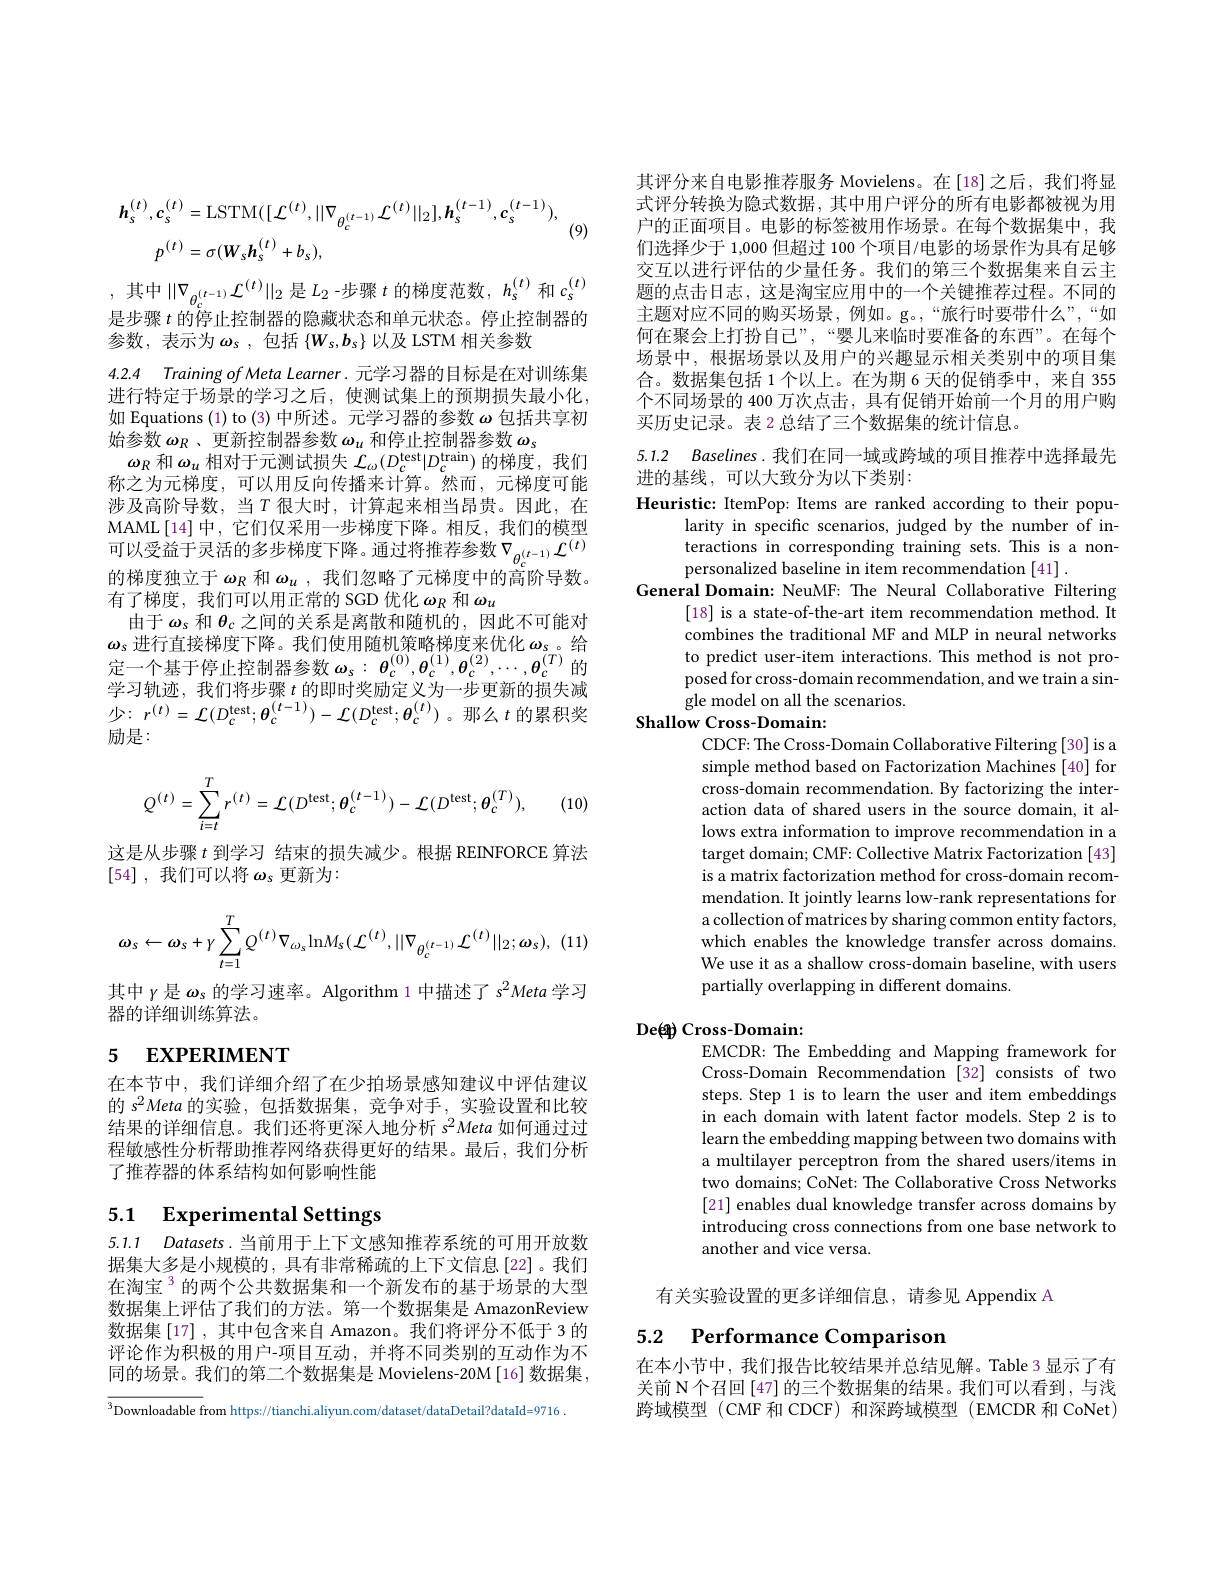
$$\begin{aligned}\boldsymbol{h}_{s}^{(t)},\boldsymbol{c}_{s}^{(t)}&=\mathrm{LSTM}([\mathcal{L}^{(t)},||\nabla_{\theta_{c}^{(t-1)}}\mathcal{L}^{(t)}||_{2}],\boldsymbol{h}_{s}^{(t-1)},\boldsymbol{c}_{s}^{(t-1)}),\\p^{(t)}&=\sigma(W_{s}\boldsymbol{h}_{s}^{(t)}+b_{s}),\end{aligned}$$
(9)

,其中$\|\nabla_\theta_c^{(t-1)}\mathcal{L}^{(t)}\|_2$是$L_2$ -步骤$t$的梯度范数，$h_s^(t)$和$c_s^(t)$

4.2.4 Training of Meta Learner. 元学习器的目标是在对训练集

是步骤$t$的停止控制器的隐藏状态和单元状态。停止控制器的
参数，表示为$\boldsymbol{\omega}_s$,包括 $\{W_s,b_s\}$ 以及 LSTM 相关参数
进行特定于场景的学习之后，使测试集上的预期损失最小化， 如 Equations (1) to (3) 中所述。元学习器的参数$\omega$包括共享初始参数$\omega_R$ 、更新控制器参数$\omega_u$和停止控制器参数$\omega_\mathrm{s}$
$\boldsymbol{\omega}_{R}$和$\boldsymbol{\omega}_u$相对于元测试损失$\mathcal{L}_\omega(D_c^\text{test}|D_c^{\text{train}})$的梯度，我们称之为元梯度，可以用反向传播来计算。然而，元梯度可能涉及高阶导数，当$T$ 很大时，计算起来相当昂贵。因此，在MAML[14]中，它们仅采用一步梯度下降。相反，我们的模型可以受益于灵活的多步梯度下降。通过将推荐参数$\nabla_{\theta_c^{(t-1)}}\mathcal{L}^{(t)}$ 的梯度独立于$\boldsymbol{\omega}_R$和$\boldsymbol{\omega}_u$,我们忽略了元梯度中的高阶导数。有了梯度，我们可以用正常的 SGD 优化$\omega_R$和$\omega_u$
由于$\omega_s$和$\theta_c$之间的关系是离散和随机的，因此不可能对$\boldsymbol{\omega}_{s}$进行直接梯度下降。我们使用随机策略梯度来优化$\boldsymbol{\omega}_\mathrm{s}$。给定一个基于停止控制器参数$\omega_{s}:\boldsymbol{\theta}_{c}^{(0)},\boldsymbol{\theta}_{c}^{(1)},\boldsymbol{\theta}_{c}^{(2)},\cdots,\boldsymbol{\theta}_{c}^{(T)}$的学习轨迹，我们将步骤$t$的即时奖励定义为一步更新的损失减少：$r^(t)={\mathcal{L}}(D_{c}^{\mathrm{test}};\boldsymbol{\theta}_{c}^{(t-1)})-{\mathcal{L}}(D_{c}^{\mathrm{test}};\boldsymbol{\theta}_{c}^{(t)})$。那么$t$ 的累积奖励是：
$$Q^{(t)}=\sum_{i=t}^{T}r^{(t)}=\mathcal{L}(D^{\mathrm{test}};\theta_{c}^{(t-1)})-\mathcal{L}(D^{\mathrm{test}};\theta_{c}^{(T)}),$$
, (10)

这是从步骤$t$到学习 结束的损失减少。根据 REINFORCE 算法
[54] ,我们可以将$\omega_s$更新为：
$$\omega_{s}\leftarrow\omega_{s}+\gamma\sum_{t=1}^{T}Q^{(t)}\nabla_{\omega_{s}}\mathrm{ln}M_{s}(\mathcal{L}^{(t)},||\nabla_{\theta_{c}^{(t-1)}}\mathcal{L}^{(t)}||_{2};\omega_{s}),$$
其中$\gamma$是$\omega_\mathrm{s}$的学习速率。Algorithm 1 中描述了$s^2Meta$学习
器的详细训练算法。

# 5 EXPERIMENT

在本节中，我们详细介绍了在少拍场景感知建议中评估建议的$s^2Meta$的实验，包括数据集，竞争对手，实验设置和比较结果的详细信息。我们还将更深入地分析$s^2Meta$如何通过过程敏感性分析帮助推荐网络获得更好的结果。最后，我们分析了推荐器的体系结构如何影响性能

# 5.1 Experimental Settings

5.1.1 Datasets.当前用于上下文感知推荐系统的可用开放数据集大多是小规模的，具有非常稀疏的上下文信息[22]。我们在淘宝$^{3}$的两个公共数据集和一个新发布的基于场景的大型数据集上评估了我们的方法。第一个数据集是 AmazonReview 数据集[17] , 其中包含来自 Amazon。我们将评分不低于 3 的评论作为积极的用户-项目互动，并将不同类别的互动作为不同的场景。我们的第二个数据集是 Movielens-20M[16] 数据集，

$^{3}$Downloadable from https://tianchi.aliyun.com/dataset/dataDetail?dataId=9716

其评分来自电影推荐服务 Movielens。在[18]之后，我们将显式评分转换为隐式数据，其中用户评分的所有电影都被视为用户的正面项目。电影的标签被用作场景。在每个数据集中，我们选择少于 1,000 但超过 100 个项目/电影的场景作为具有足够交互以进行评估的少量任务。我们的第三个数据集来自云主题的点击日志，这是淘宝应用中的一个关键推荐过程。不同的主题对应不同的购买场景，例如。g。,“旅行时要带什么”,“如何在聚会上打扮自己”,“婴儿来临时要准备的东西”。在每个场景中，根据场景以及用户的兴趣显示相关类别中的项目集合。数据集包括 1 个以上。在为期 6 天的促销季中，来自 355个不同场景的 400 万次点击，具有促销开始前一个月的用户购买历史记录。表 2 总结了三个数据集的统计信息。

5.1.2 Baselines.我们在同一域或跨域的项目推荐中选择最先

进的基线，可以大致分为以下类别：

Heuristic: ItemPop: Items are ranked according to their popu-
larity in specific scenarios, judged by the number of interactions in corresponding training sets. This is a nonpersonalized baseline in item recommendation [41] .
General Domain: NeuMF: The Neural Collaborative Filtering
[18] is a state-of-the-art item recommendation method. It combines the traditional MF and MLP in neural networks to predict user-item interactions. This method is not proposed for cross-domain recommendation, and we train a single model on all the scenarios.
Shallow Cross-Domain:

CDCF: The Cross- Domain Collaborative Filtering [30] is a simple method based on Factorization Machines [40] for cross-domain recommendation. By factorizing the interaction data of shared users in the source domain, it allows extra information to improve recommendation in a target domain; CMF: Collective Matrix Factorization [43] is a matrix factorization method for cross-domain recommendation. It jointly learns low-rank representations for a collection of matrices by sharing common entity factors, which enables the knowledge transfer across domains We use it as a shallow cross-domain baseline, with users partially overlapping in different domains.

## Deép Cross-Domain:
EMCDR: The Embedding and Mapping framework for

Cross-Domain Recommendation [32] consists of two steps. Step 1 is to learn the user and item embeddings in each domain with latent factor models. Step 2 is to learn the embedding mapping between two domains with a multilayer perceptron from the shared users/items in two domains; CoNet: The Collaborative Cross Networks [21] enables dual knowledge transfer across domains by introducing cross connections from one base network to another and vice versa.

有关实验设置的更多详细信息，请参见 Appendix A

5.2 $\textbf{Performance Comparison}$

在本小节中，我们报告比较结果并总结见解。Table 3 显示了有关前 N个召回 [47] 的三个数据集的结果。我们可以看到，与浅跨域模型 (CMF 和 CDCF) 和深跨域模型 (EMCDR 和 CoNet)